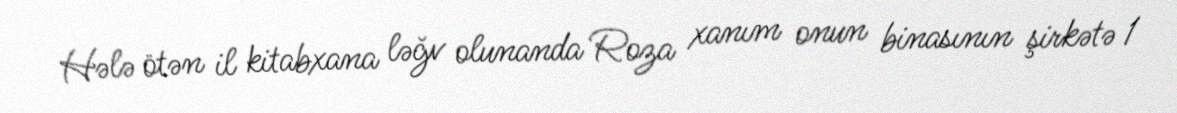
Hələ ötən il kitabxana ləğv olunanda Roza xanım onun binasının şirkətə 1